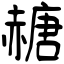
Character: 赯